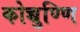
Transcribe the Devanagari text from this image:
कोच्चुण्णि